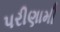
પરીણામી